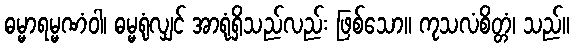
ဓမ္မာရမ္မဏံဝါ၊ ဓမ္မရုံလျှင် အာရုံရှိသည်လည်း ဖြစ်သော။ ကုသလံစိတ္တံ၊ သည်။